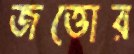
জত্তোর